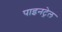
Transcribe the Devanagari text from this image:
पाइनट्रेल